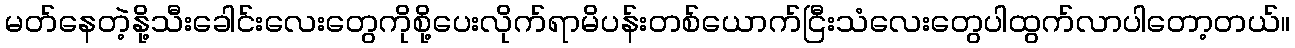
မတ်နေတဲ့နို့သီးခေါင်းလေးတွေကိုစို့ပေးလိုက်ရာမိပန်းတစ်ယောက်ငြီးသံလေးတွေပါထွက်လာပါတော့တယ်။